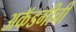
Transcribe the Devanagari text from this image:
अकॅडमीची